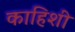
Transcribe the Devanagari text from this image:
काहिशी